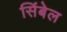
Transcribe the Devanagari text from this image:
सिंबेल